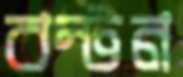
বন্টন